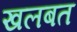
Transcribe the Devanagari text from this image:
खलबत